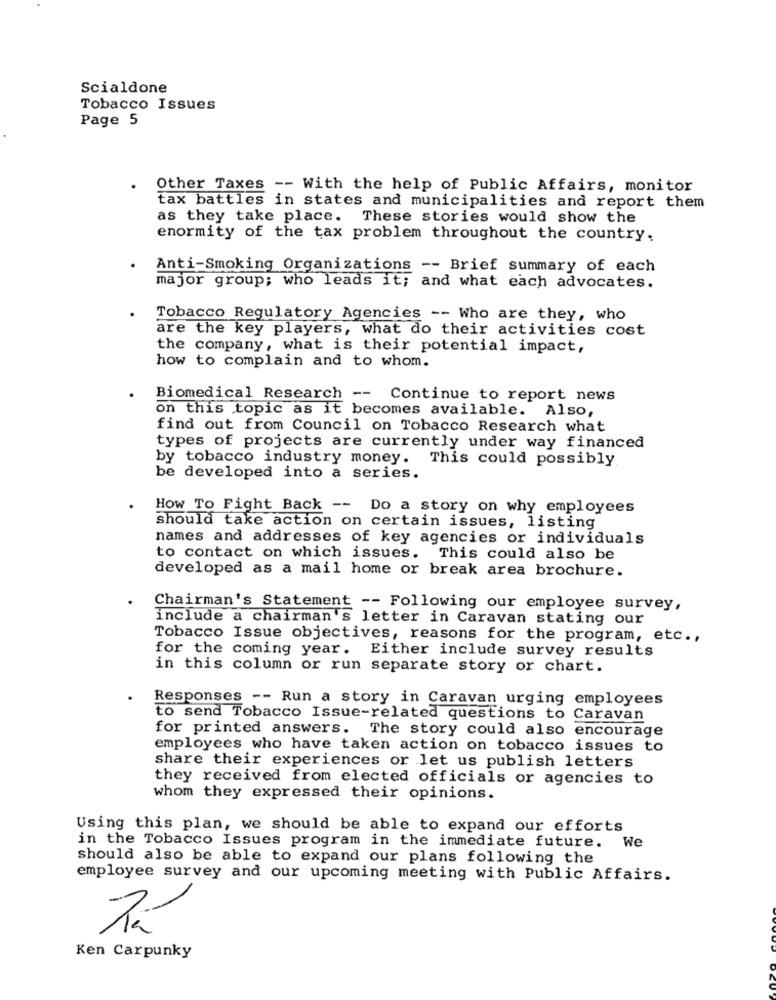
Scialdone
Tobacco Issues
Page 5
Other Taxes -- With the help of Public Affairs, monitor
tax battles in states and municipalities and report them
as they take place. These stories would show the
enormity of the tax problem throughout the country.
Anti-Smoking Organizations -- Brief summary of each
major group; who leads it; and what each advocates.
Tobacco Regulatory Agencies -- Who are they, who
are the key players, what do their activities cost
the company, what is their potential impact,
how to complain and to whom.
Biomedical Research -- Continue to report news
on this topic as it becomes available.
Also,
find out from Council on Tobacco Research what
types of projects are currently under way financed
by tobacco industry money.
This could possibly
be developed into a series.
How To Fight Back -- Do a story on why employees
should take action on certain issues, listing
names and addresses of key agencies or individuals
to contact on which issues. This could also be
developed as a mail home or break area brochure.
Chairman's Statement -- Following our employee survey,
include a chairman's letter in Caravan stating our
Tobacco Issue objectives, reasons for the program, etc .,
for the coming year. Either include survey results
in this column or run separate story or chart.
Responses -- Run a story in Caravan urging employees
to send Tobacco Issue-related questions to Caravan
for printed answers. The story could also encourage
employees who have taken action on tobacco issues to
share their experiences or let us publish letters
they received from elected officials or agencies to
whom they expressed their opinions.
Using this plan, we should be able to expand our efforts
in the Tobacco Issues program in the immediate future. We
should also be able to expand our plans following the
employee survey and our upcoming meeting with Public Affairs.
Ken Carpunky